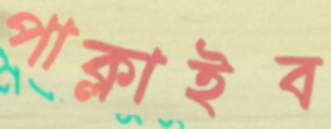
পাক্‌লাইব